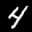
Label: 4